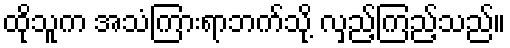
ထိုသူက အသံကြားရာဘက်သို့ လှည့်ကြည့်သည်။